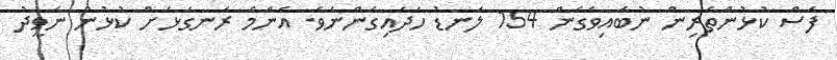
ފަސް ކުޅުންތެރިން ނުބައިވެގެން 154 ލަނޑު ހަދައިގެންނެވެ. އެންމެ ރަނގަޅަށް ކުޅުނު ނަވީދު